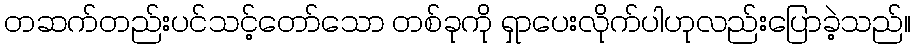
တဆက်တည်းပင်သင့်တော်သော တစ်ခုကို ရှာပေးလိုက်ပါဟုလည်းပြောခဲ့သည်။